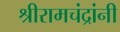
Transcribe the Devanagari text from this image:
श्रीरामचंद्रांनी